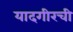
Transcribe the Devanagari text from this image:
यादगीरची